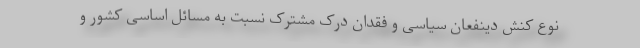
نوع کنش دینفعان سیاسی و فقدان درک مشترک نسبت به مسائل اساسی کشور و